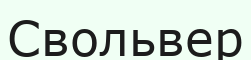
Свольвер